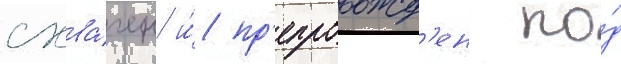
схва́чен и́ пр'епровожд'ен по́д